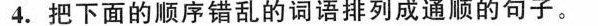
4. 把下面的顺序错乱的词语排列成通顺的句子。